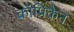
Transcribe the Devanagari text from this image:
कॉप्रिकैन